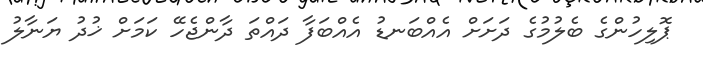
ޕޮލިހުންގެ ބެލުމުގެ ދަށަށް އެއްބަނޑު އެއްބަފާ ދައްތަ ދާންޖެހޭ ކަމަށް ޚުދު ޔަނާލު